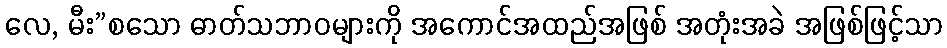
လေ, မီး”စသော ဓာတ်သဘာဝများကို အကောင်အထည်အဖြစ် အတုံးအခဲ အဖြစ်ဖြင့်သာ